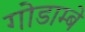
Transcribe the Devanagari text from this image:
गोडाम्बे